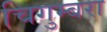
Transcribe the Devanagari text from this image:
चिगुम्बरा